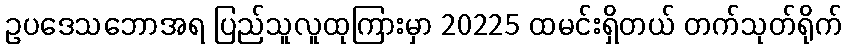
ဥပဒေသဘောအရ ပြည်သူလူထုကြားမှာ 20225 ထမင်းရှိတယ် တက်သုတ်ရိုက်